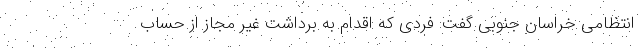
انتظامی خراسان جنوبی گفت: فردی که اقدام به برداشت غیر مجاز از حساب